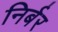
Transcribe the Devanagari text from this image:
निर्बर